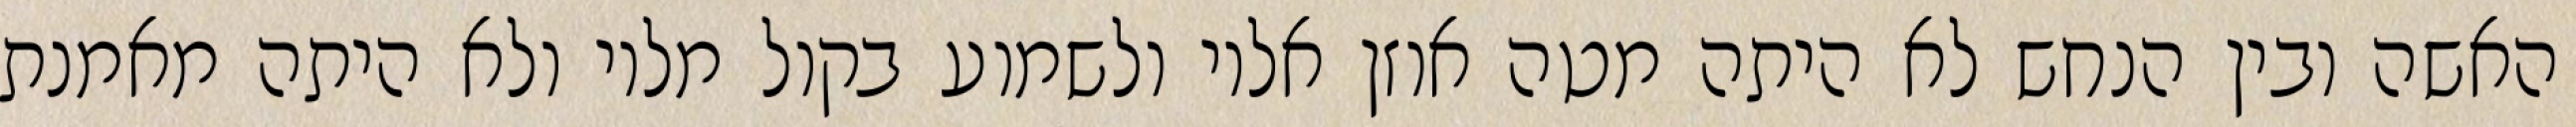
האשה ובין הנחש לא היתה מטה אוזן אליו ולשמוע בקול מליו ולא היתה מאמנת